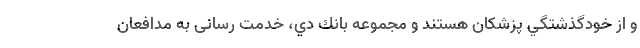
و از خودگذشتگي پزشکان هستند و مجموعه بانك دي، خدمت رسانی به مدافعان